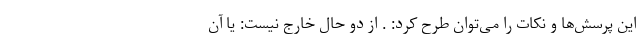
این پرسش‌ها و نکات را می‌توان طرح کرد: . از دو حال خارج نیست: یا آن